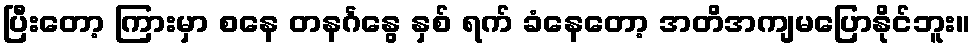
ပြီးတော့ ကြားမှာ စနေ တနင်္ဂနွေ နှစ် ရက် ခံနေတော့ အတိအကျမပြောနိုင်ဘူး။